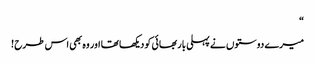
“
میرے دوستوں نے پہلی بار بھائی کو دیکھا تھا اور وہ بھی اس طرح !